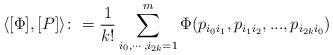
LaTeX: \begin{align*}\langle [\Phi], [P] \rangle \colon = \frac{1}{k!}\sum_{i_0,\cdots, i_{2k}=1}^m\Phi(p_{i_0i_1}, p_{i_1i_2}, ..., p_{i_{2k}i_0})\end{align*}